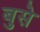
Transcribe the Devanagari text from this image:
बुसे